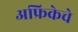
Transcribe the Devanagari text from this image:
अफ्रिकेचे